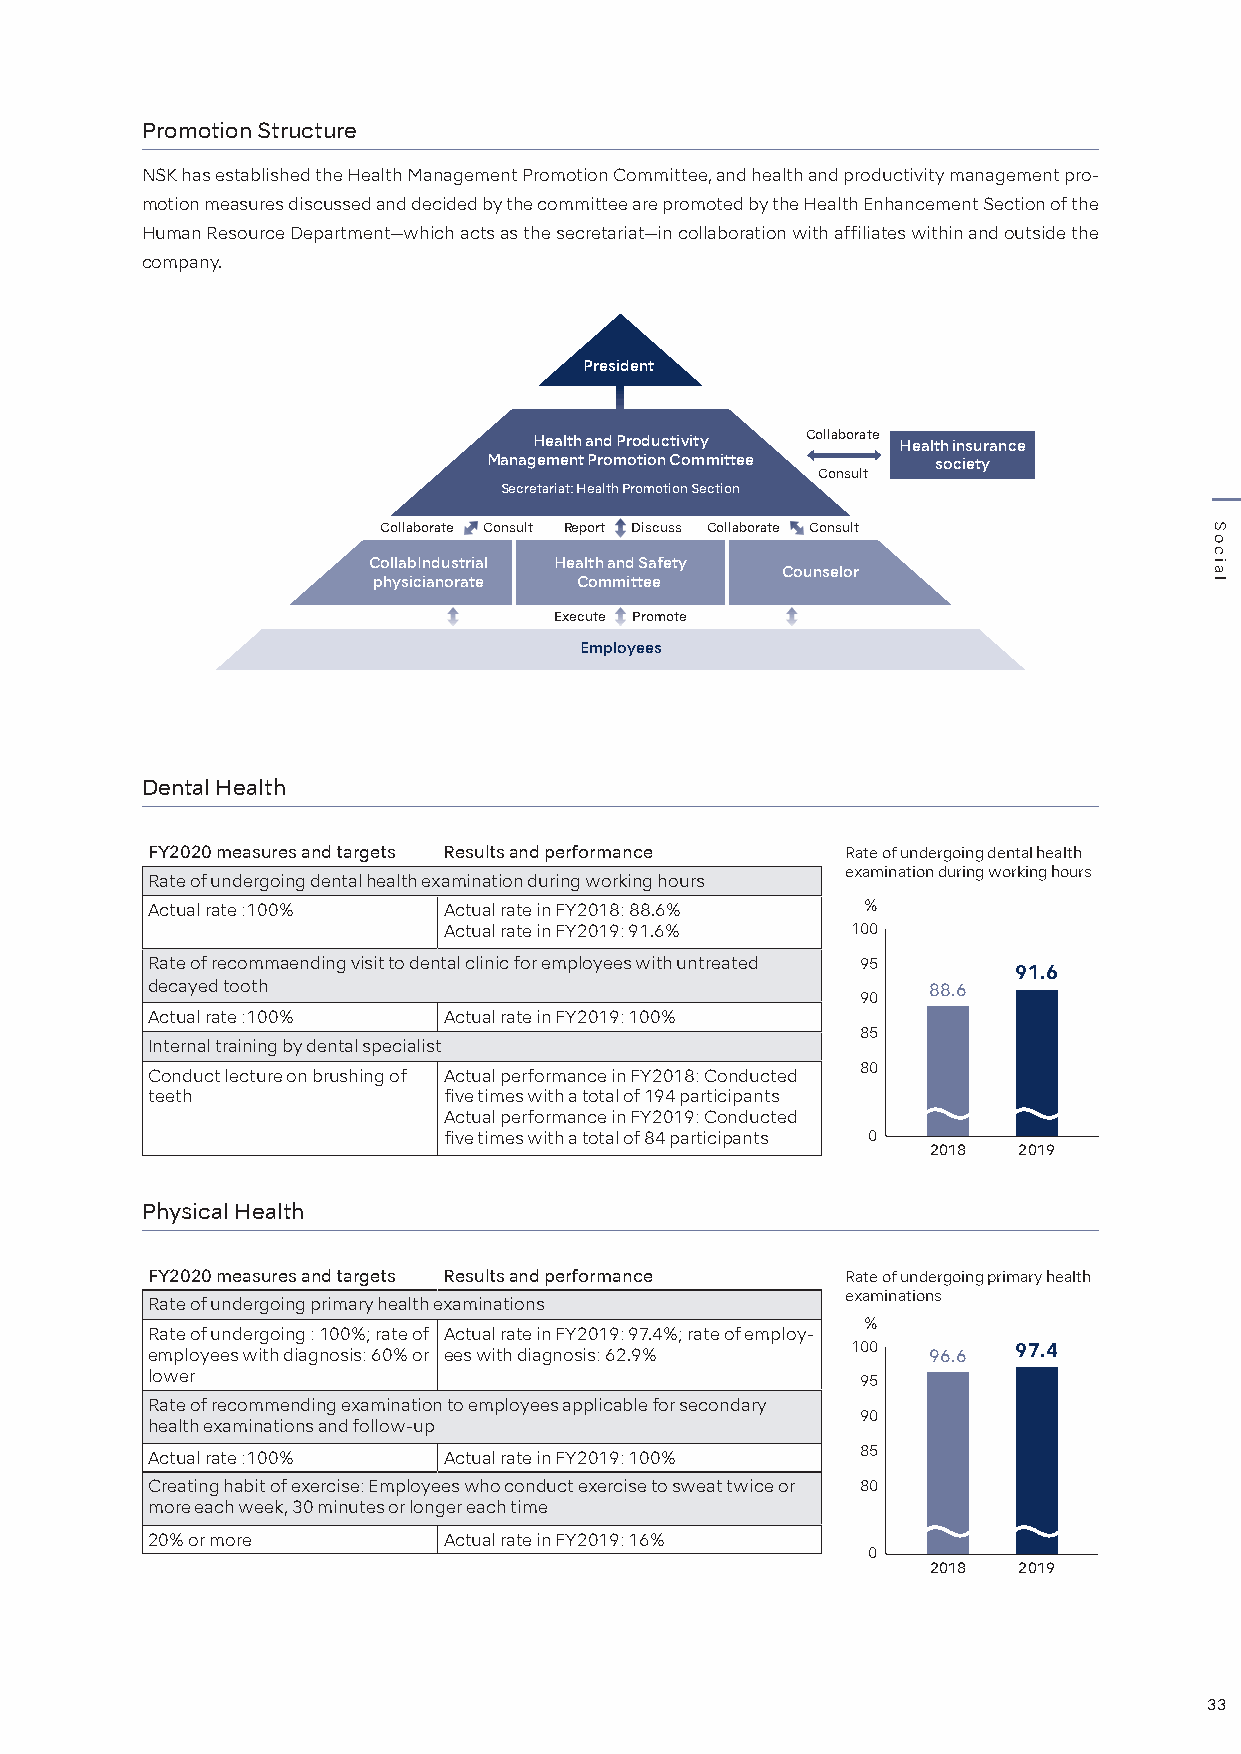
Promotion Structure
 NSK has established the Health Management Promotion Committee, and health and productivity management pro-
 motion measures discussed and decided by the committee are promoted by the Health Enhancement Section of the
 Human Resource Department—which acts as the secretariat—in collaboration with affiliates within and outside the
 company.
 President
 Health and Productivity Collaborate Health insurance
 Management Promotion Committee society
 Consult
 Secretariat: Health Promotion Section
 Collaborate Consult Report Discuss Collaborate Consult
 CollabIndustrial Health and Safety
 Counselor
 physicianorate Committee
 Execute Promote
 Employees
 Dental Health
 FY2020 measures and targets Results and performance Rate of undergoing dental health
 examination during working hours
 Rate of undergoing dental health examination during working hours
 Actual rate :100%  Actual rate in FY2018: 88.6% %
 Actual rate in FY2019: 91.6% 100
 Rate of recommaending visit to dental clinic for employees with untreated 95
 91.6
 decayed tooth                                      88.6
 90
 Actual rate :100%  Actual rate in FY2019: 100%
 85
 Internal training by dental specialist
 80
 Conduct lecture on brushing of Actual performance in FY2018: Conducted
 teeth              five times with a total of 194 participants
 Actual performance in FY2019: Conducted
 five times with a total of 84 participants 0
 2018 2019
 Physical Health
 FY2020 measures and targets Results and performance Rate of undergoing primary health
 examinations
 Rate of undergoing primary health examinations
 %
 Rate of undergoing : 100%; rate of Actual rate in FY2019: 97.4%; rate of employ-
 employees with diagnosis: 60% or ees with diagnosis: 62.9% 100 96.6 97.4
 lower
 95
 Rate of recommending examination to employees applicable for secondary
 90
 health examinations and follow-up
 85
 Actual rate :100%  Actual rate in FY2019: 100%
 Creating habit of exercise: Employees who conduct exercise to sweat twice or 80
 more each week, 30 minutes or longer each time
 20% or more        Actual rate in FY2019: 16%
 0
 2018 2019
 33
 Social